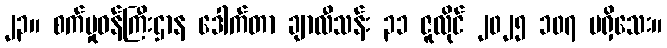
၂၃။ စက်မှုဝန်ကြီးဌာန ဒေါက်တာ ချာလီသန်း ၃၁ ဇူလိုင် ၂၀၂၅ ၁၀၇ မရှိသေး။